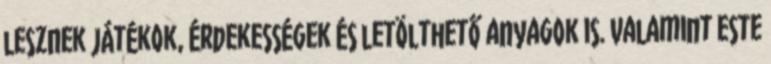
lesznek játékok, érdekességek és letölthető anyagok is. Valamint este